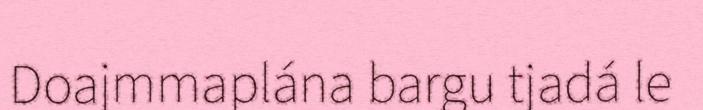
Doajmmaplána bargu tjadá le